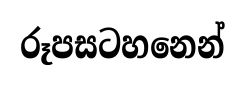
රූපසටහනෙන්